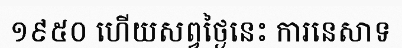
១៩៥០ ហើយសព្វថ្ងៃនេះ ការនេសាទ